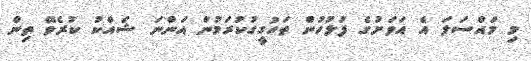
މި މައްސަލަ އެ އަވަށުގެ ފުލުހުން ތަހުގީގުކުރަމުން އަންނަ ޝައްކު ކުރެވޭ ތިން